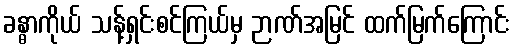
ခန္ဓာကိုယ် သန့်ရှင်းစင်ကြယ်မှ ဉာဏ်အမြင် ထက်မြက်ကြောင်း